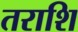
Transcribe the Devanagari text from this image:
तराशि